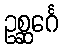
ဥစ္ဆင်္ဂေ